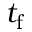
t _ { \mathrm { f } }